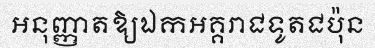
អនុញ្ញាតឱ្យឯកអគ្គរាជទូតជប៉ុន